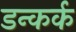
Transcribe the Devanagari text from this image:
डन्कर्क